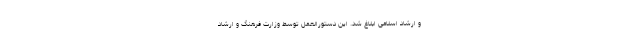
و ارشاد اسلامی ابلاغ شد. این دستورالعمل توسط وزارت فرهنگ و ارشاد